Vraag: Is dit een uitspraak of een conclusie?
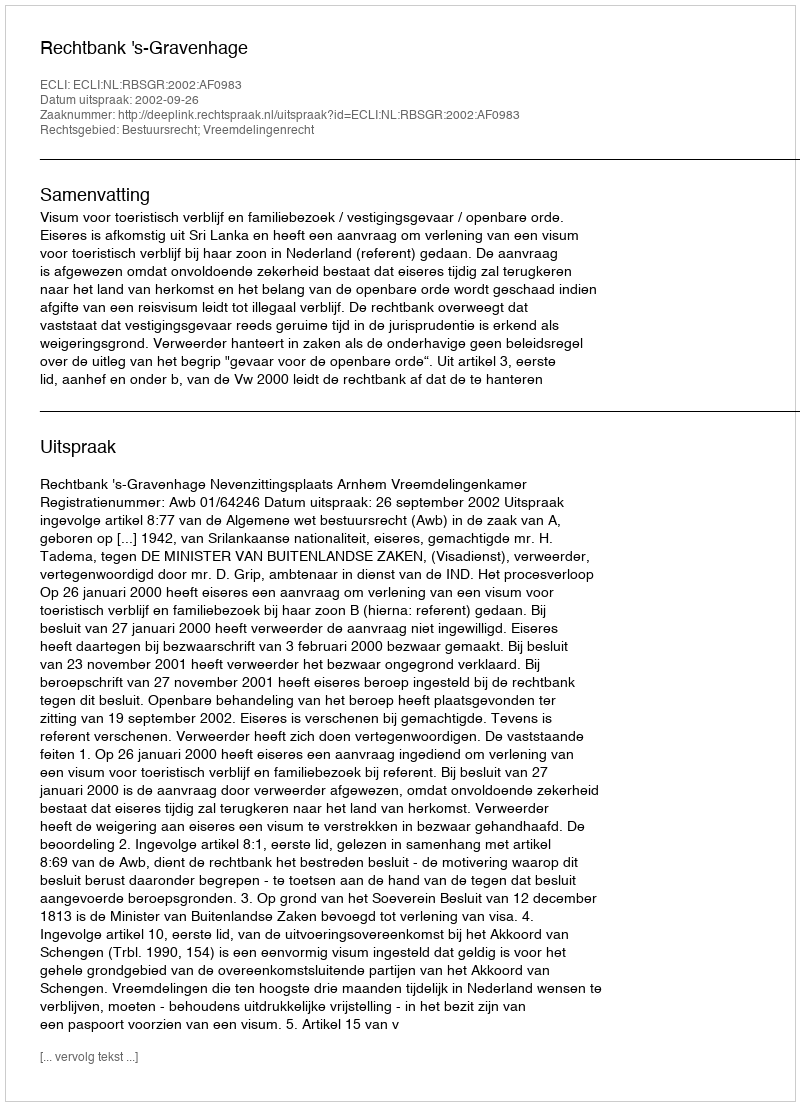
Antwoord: Uitspraak